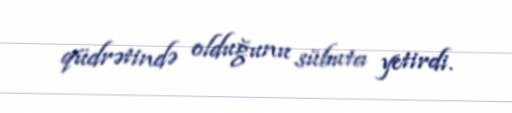
qüdrətində olduğunu sübuta yetirdi.